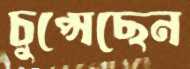
চুপ্‌সেছেন